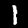
Label: 1